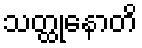
သတ္ထုနောတိ